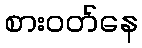
စားဝတ်နေ